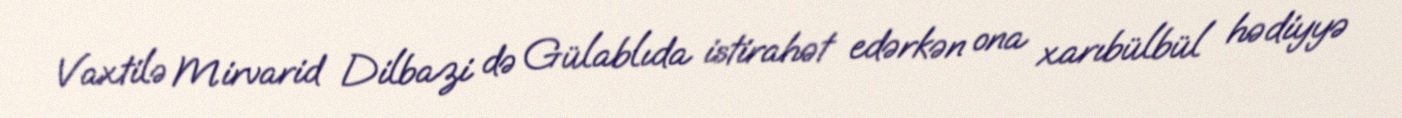
Vaxtilə Mirvarid Dilbazi də Gülablıda istirahət edərkən ona xarıbülbül hədiyyə